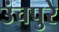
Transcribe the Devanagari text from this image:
उंचपुरे